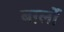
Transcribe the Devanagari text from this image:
बर्ग़्लो